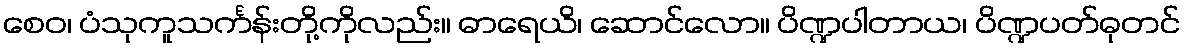
စေဝ၊ ပံသုကူသင်္ကန်းတို့ကိုလည်း။ ဓာရေယိ၊ ဆောင်လော။ ပိဏ္ဍပါတာယ၊ ပိဏ္ဍပတ်ဓုတင်